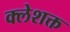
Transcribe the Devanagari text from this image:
क्लेशक्त